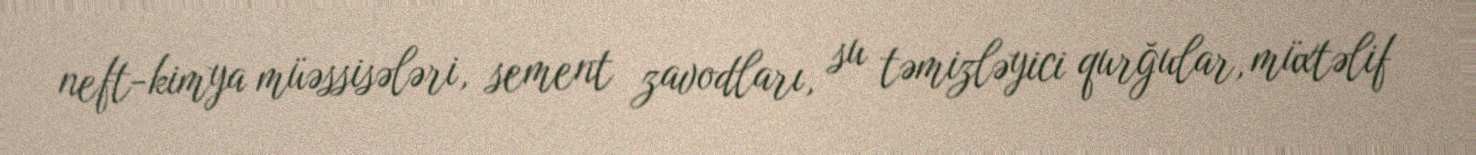
neft-kimya müəssisələri, sement zavodları, su təmizləyici qurğular, müxtəlif